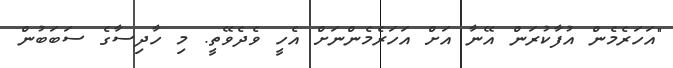
"އަހަރެމެން އުފާކުރަން އޭނާ އަށް އަހަރެމެންނަށް އެހީ ވެދެވޭތީ. މި ހާދިސާގެ ސަބަބުން